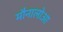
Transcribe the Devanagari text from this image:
मौनालोआ